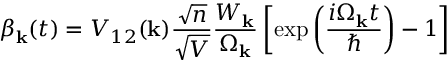
\beta _ { \mathbf { k } } ( t ) = V _ { 1 2 } ( \mathbf { k } ) \frac { \sqrt { n } } { \sqrt { V } } \frac { W _ { \mathbf { k } } } { \Omega _ { \mathbf { k } } } \left[ \exp \left( \frac { i \Omega _ { \mathbf { k } } t } { \hbar } \right) - 1 \right]